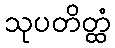
သုပတိတ္ထံ